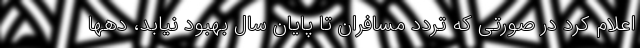
اعلام کرد در صورتی که تردد مسافران تا پایان سال بهبود نیابد، دهها